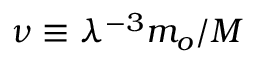
\nu \equiv \lambda ^ { - 3 } m _ { o } / M